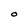
Character: O